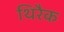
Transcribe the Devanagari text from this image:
थिरैक